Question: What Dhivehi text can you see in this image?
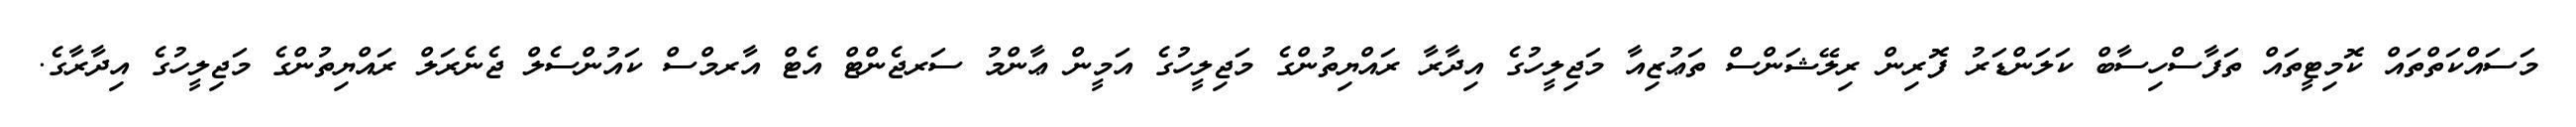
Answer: މަސައްކަތްތައް ކޮމިޓީތައް ތަފާސްހިސާބް ކަލަންޑަރު ފޮރިން ރިލޭޝަންސް ތަޢުޒިއާ މަޖިލީހުގެ އިދާރާ ރައްޔިތުންގެ މަޖިލީހުގެ އަމީން ޢާންމު ސަރޖެންޓް އެޓް އާރމްސް ކައުންސެލް ޖެނެރަލް ރައްޔިތުންގެ މަޖިލީހުގެ އިދާރާގެ.